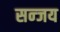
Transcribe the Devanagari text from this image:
सन्जय